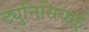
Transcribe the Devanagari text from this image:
ट्युनिसियाई